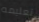
تعليمه